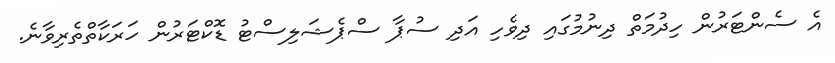
އެ ސެންޓަރުން ހިދުމަތް ދިނުމުގައި ދިވެހި އަދި ސުޕާ ސްޕެޝަލިސްޓު ޑޮކްޓަރުން ހަރަކާތްތެރިވާނެ.